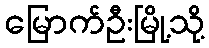
မြောက်ဦးမြို့သို့